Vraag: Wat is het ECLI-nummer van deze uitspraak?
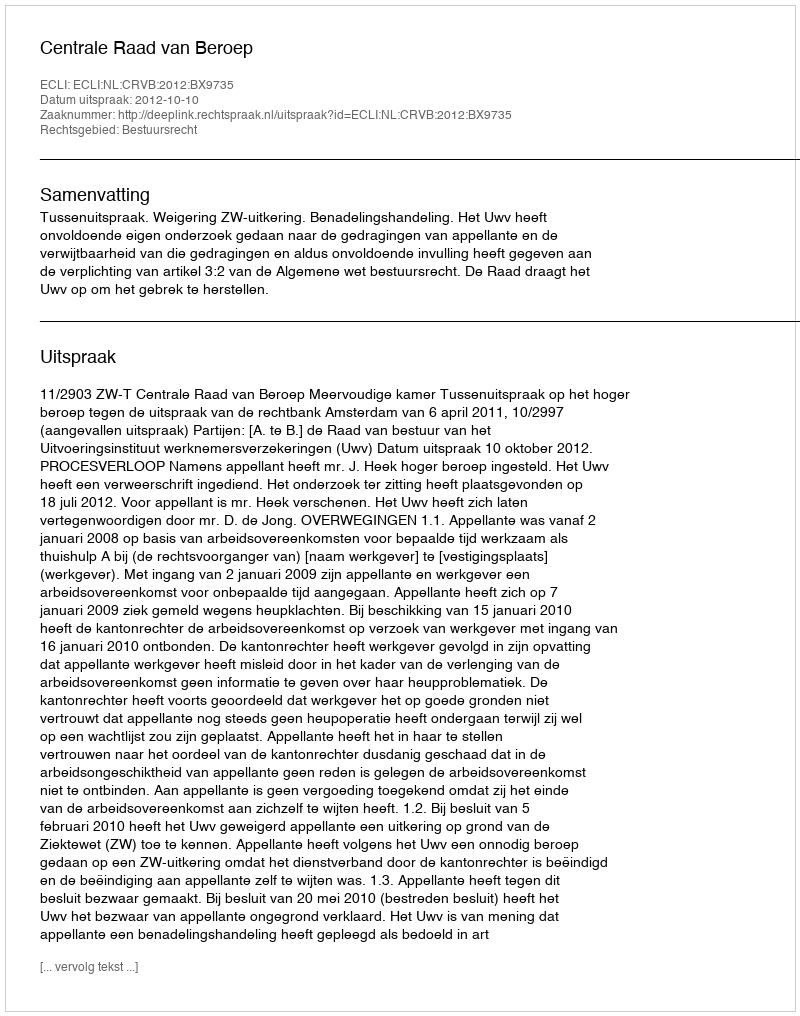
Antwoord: ECLI:NL:CRVB:2012:BX9735